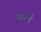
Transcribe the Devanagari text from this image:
गोर्ले